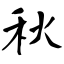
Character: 秋